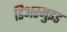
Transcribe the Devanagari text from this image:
डिअरमुइड